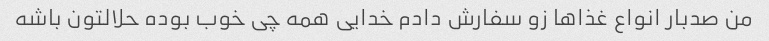
من صدبار انواع غذاها زو سفارش دادم خدایی همه چی خوب بوده حلالتون باشه